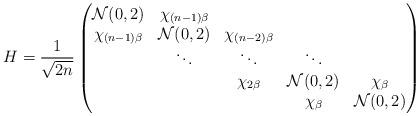
LaTeX: \begin{align*} H=\frac{1}{\sqrt{2n}} \begin{pmatrix} \mathcal{N}(0, 2) & \chi_{(n-1) \beta} & & & \\ \chi_{(n-1) \beta} & \mathcal{N}(0, 2) & \chi_{(n-2) \beta} & & \\ & \ddots & \ddots & \ddots & \\ & & \chi_{2\beta} & \mathcal{N}(0,2) & \chi_{\beta} \\ & & & \chi_{\beta} & \mathcal{N}(0,2) \end{pmatrix} \end{align*}